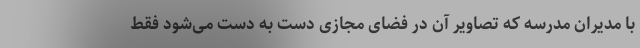
با مدیران مدرسه که تصاویر آن در فضای مجازی دست به دست می‌شود فقط